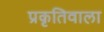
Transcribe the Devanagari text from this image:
प्रकृतिवाला